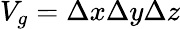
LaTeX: V_{g}=\Delta x\Delta y\Delta z